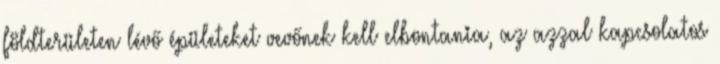
földterületen lévő épületeket vevőnek kell elbontania, az azzal kapcsolatos